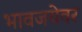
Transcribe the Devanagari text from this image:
भावजयेवर